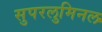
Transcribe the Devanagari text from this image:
सुपरलुमिनल